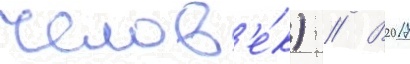
челов'е́к) // В 2017